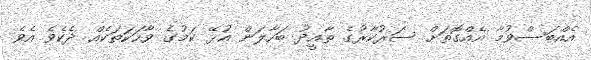
އެއްބަސްވުމާ އެއްގޮތަށް ސަރުކާރުގެ ތާއީދު ބަހާލަން އުޅޭ ކަމުގެ ވާހަކަތަކެއް ދެކެވެ އެވެ.